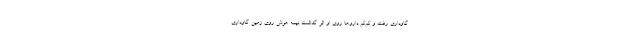
گاوداری رفت و کم‌کم دارو‌ها روی او اثر گذاشت نیمه هوش روی زمین گاوداری